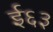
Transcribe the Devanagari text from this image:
ई६३